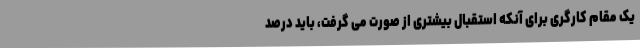
یک مقام کارگری برای آنکه استقبال بیشتری از صورت می گرفت، باید درصد